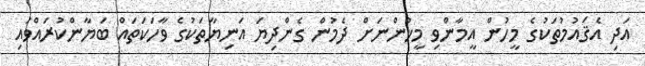
އަދި އެޤައުމުތަކުގެ މީހުން އީމާންވި މީހުންނަށް ދެމުން ގެންދިޔަ އަނިޔާތަކުގެ ވާހަކަތައް ބަޔާންކުރައްވައި